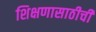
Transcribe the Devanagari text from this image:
शिक्षणासाठीची